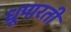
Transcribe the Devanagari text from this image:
धूपारती